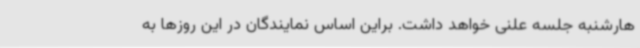
هارشنبه جلسه علنی خواهد داشت. براین اساس نمایندگان در این روزها به